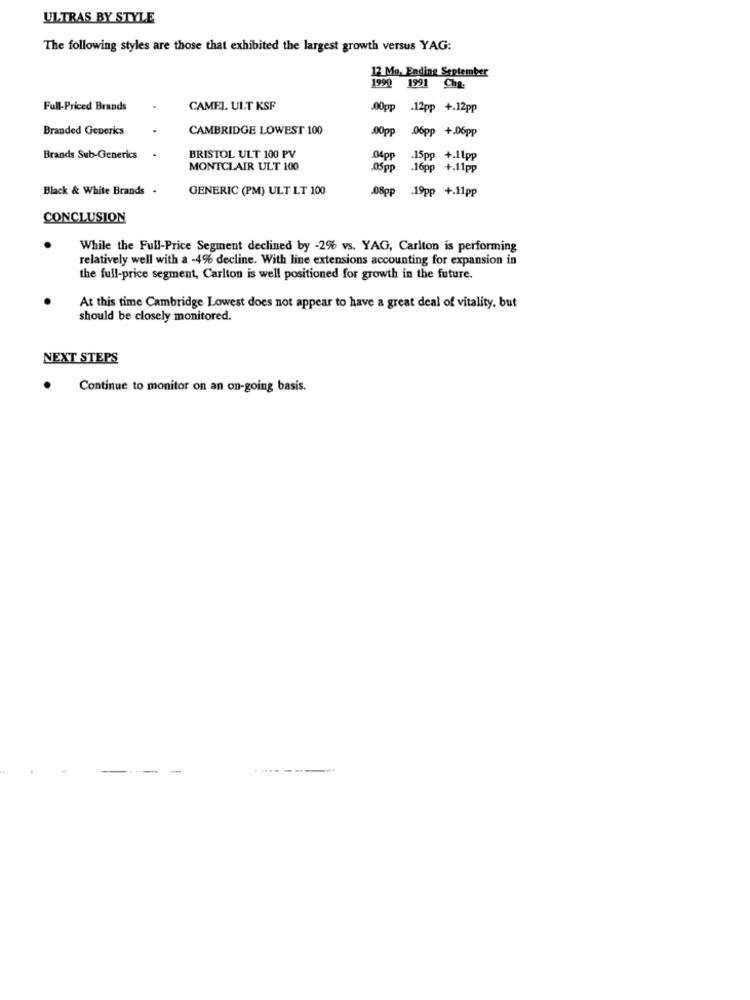
ULTRAS BY STYLE
The following styles are those that exhibited the largest growth versus YAG:
12 Mo, Ending September
1990 1991 Cha-
Full-Priced Brands
CAMEL. ULT KSF
00pp .12pp +.12pp
Branded Generics
CAMBRIDGE LOWEST 100
.000pp
06pp +.06pp
Brands Sub-Generics
BRISTOL ULT 100 PV
04pp
.15pp +.11pp
MONTCLAIR ULT 100
.05pp
.16pp +.11pp
Black & White Brands -
GENERIC (PM) ULT LT 100
.08pp
.19pp +.11pp
CONCLUSION
While the Full-Price Segment declined by -2% vs. YAG, Carlton is performing
relatively well with a -4% decline. With line extensions accounting for expansion in
the full-price segment, Carlton is well positioned for growth in the future.
At this time Cambridge Lowest does not appear to have a great deal of vitality, but
should be closely monitored.
NEXT STEPS
Continue to monitor on an on-going basis.